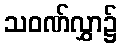
သဝဏ်လွှာ၌